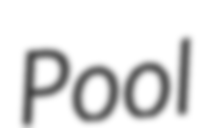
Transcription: Pool